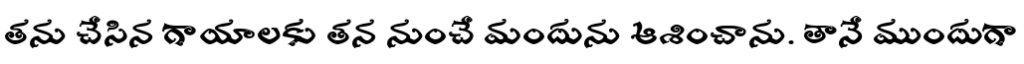
తను చేసిన గాయాలకు తన నుంచే మందును ఆశించాను. తానే ముందుగా